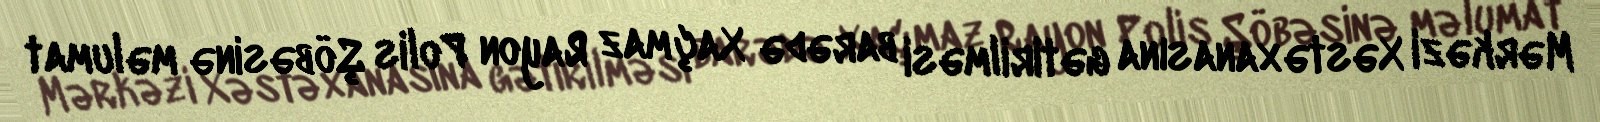
Mərkəzi Xəstəxanasına gətirilməsi barədə Xaçmaz Rayon Polis Şöbəsinə məlumat